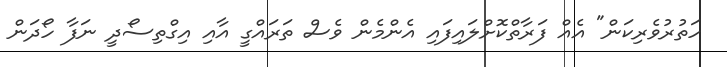
ހަތުރުވެރިކަން" އެއް ފަރާތްކޮށްލައިފައި އެންމެން ވެސް ތަރައްގީ އާއި އިގްތިސޯދީ ނަފާ ހޯދަން